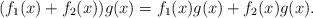
LaTeX: \begin{align*}(f_1(x)+f_2(x))g(x)=f_1(x)g(x)+f_2(x)g(x).\end{align*}